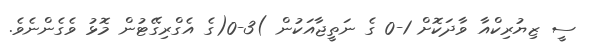
ސީ ޒިޔުރިކްއާ ވާދަކޮށް 1-0 ގެ ނަތީޖާއަކުން )3-0(ގެ އެގްރިގޭޓުން މޮޅު ވެގެންނެވެ.